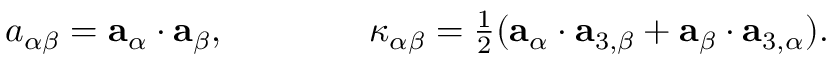
\begin{array} { r } { { a } _ { \alpha \beta } = { \bf { a } } _ { \alpha } \cdot { \bf { a } } _ { \beta } , \qquad \qquad { \kappa } _ { \alpha \beta } = \frac { 1 } { 2 } ( { \bf { a } } _ { \alpha } \cdot { \bf { a } } _ { 3 , \beta } + { \bf { a } } _ { \beta } \cdot { \bf { a } } _ { 3 , \alpha } ) . } \end{array}